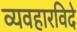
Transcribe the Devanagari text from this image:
व्यवहारविदे